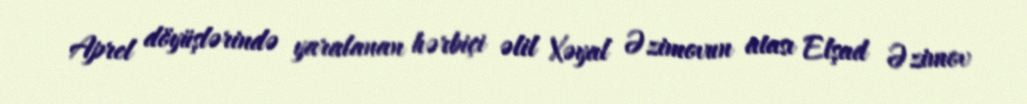
Aprel döyüşlərində yaralanan hərbiçi əlil Xəyal Əzimovun atası Elşad Əzimov